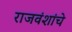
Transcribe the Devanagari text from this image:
राजवंशांचे